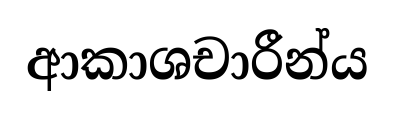
ආකාශචාරීන්ය